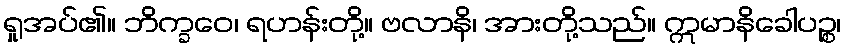
ရှုအပ်၏။ ဘိက္ခဝေ၊ ရဟန်းတို့။ ဗလာနိ၊ အားတို့သည်။ ဣမာနိခေါပဉ္စ၊